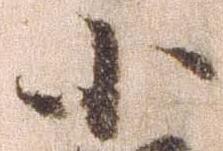
小